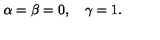
\alpha = \beta = 0 , \quad \gamma = 1 .